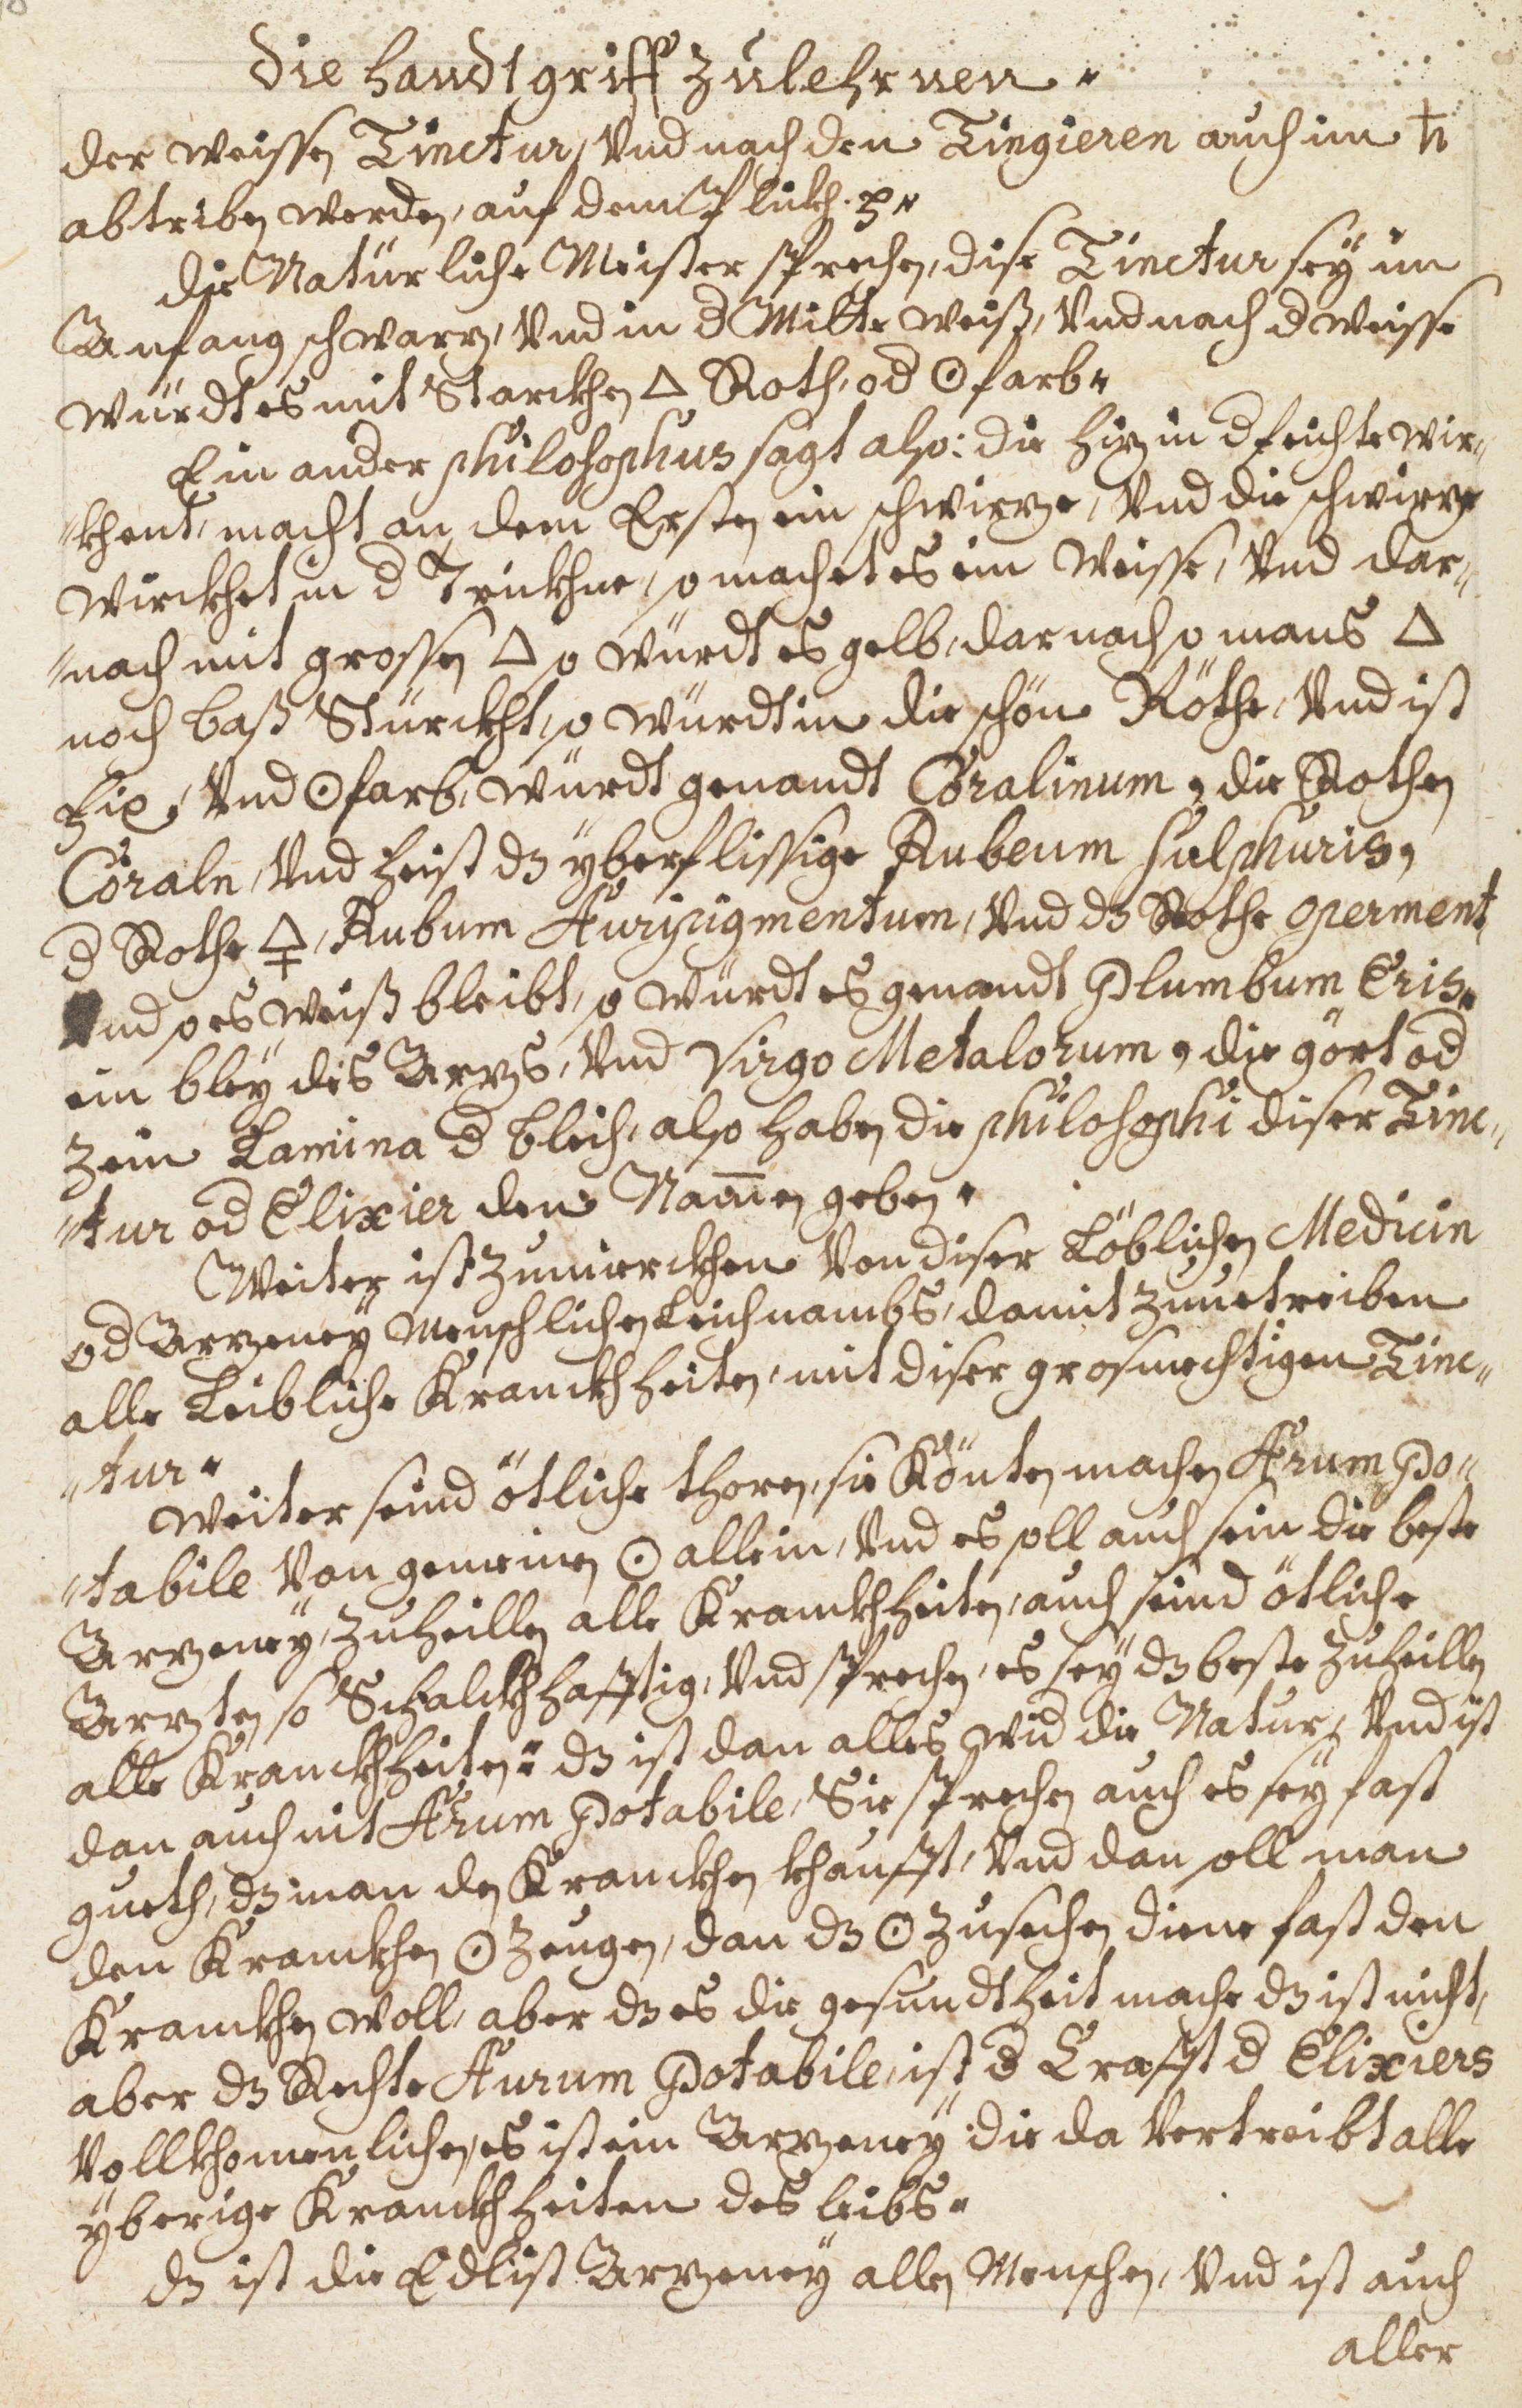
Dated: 1598–1699